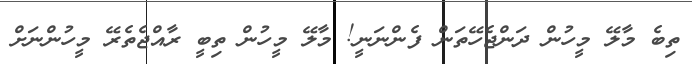
ތިބެ މާލޭ މީހުން ދަންޖެހޭތަން ފެންނަނީ! މާލޭ މީހުން ތިބީ ރާއްޖެތެރޭ މީހުންނަށް